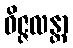
ဝိဇ္ဇလန္တာ